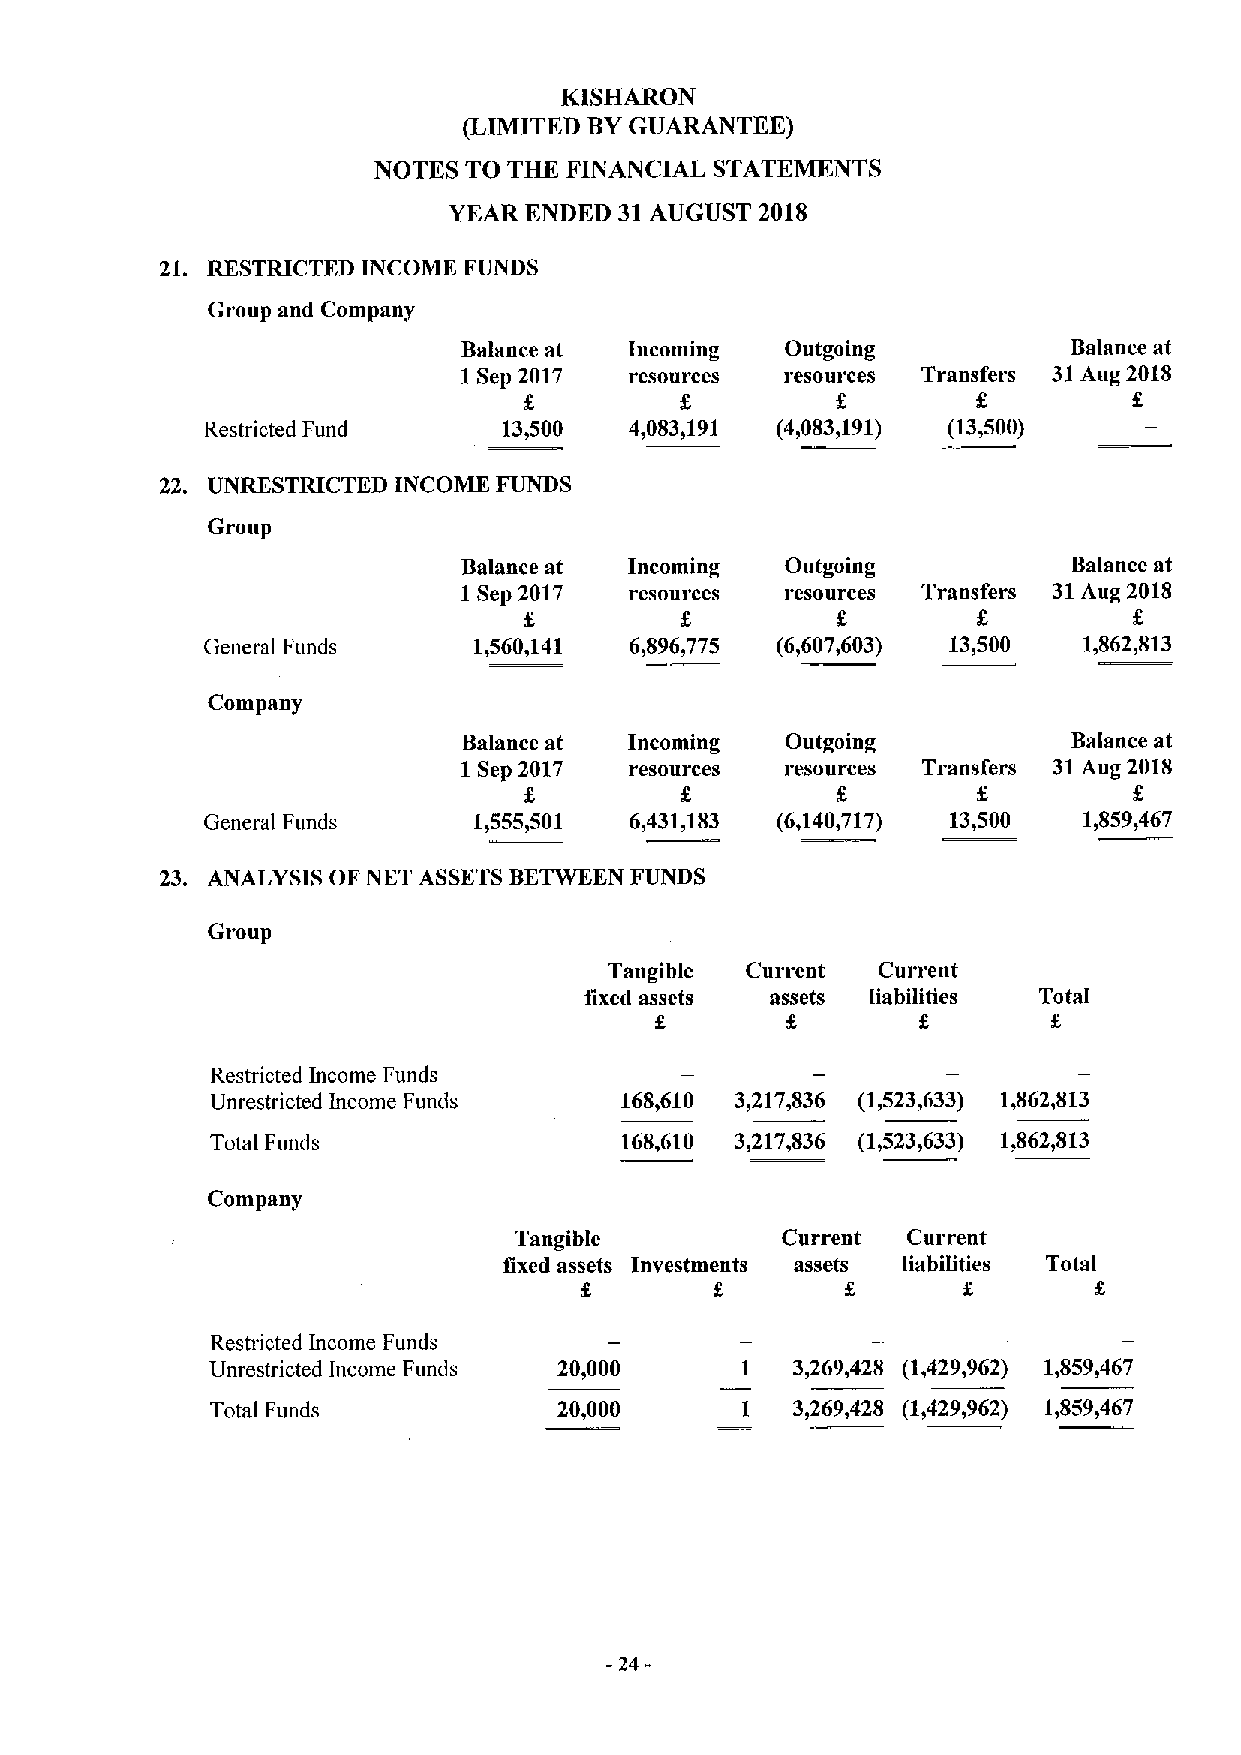
KISHARON
 (LIMITED BYGUARANTEE)
 NOTES TO THK FINANCIAL STATEMENTS
 YEAR ENDED 31AUGUST 2018
 21. RESTRICTED INCOME FUNDS
 Group and Company
 Balance at Incoming  Outgoing           Balance at
 1 Sep 2017 I'esoul'ces resources Transfers 31Aug 2018
 f
 Restricted Fund    13,500   4,083,191 (4,083,191) (13,500)
 22. UNRESTRICTED INCOME FUNDS
 Group
 Balance at Incoming  Outgoing           Balance at
 I Sep 2017 resources resources Transfers 31Aug 2018
 f.
 General Funds    1,560,141  6,896,775 (6,6071603) 13,500  1,862,813
 Company
 Balance at Incoming  Outgoing           Balance at
 I Sep 2017 resources resources Transfers 31Aug 2018
 g                   5         g
 General Funds    1,555,501  6,431,183 (6,140,717) 13,500  1,859,467
 23. ANALYSIS OF NET ASSETSBETWEEN FUNDS
 Group
 Tangible Current  Current
 fixed assets assets liabilities Total
 f                 f
 Restricted Income Funds
 Unrestricted Income Funds  168,610 3)217,836 (1,523,633) 1,862,813
 Total Funds                168,610 3,217,836 (1,523,633) 1,862,813
 Company
 Tangible          Current Current
 fixed assets Investments assets liabilities Total
 f
 Restricted Income Funds
 Unrestricted Income Funds 20,000   I  3,269,428 (1,429,962) 1,859,467
 Total Funds            20,000      I  3,269,428 (1,429,962) 1,859,467
 24-